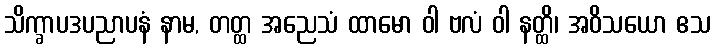
သိက္ခာပဒပညာပနံ နာမ, တတ္ထ အညေသံ ထာမော ဝါ ဗလံ ဝါ နတ္ထိ၊ အဝိသယော ဧသ